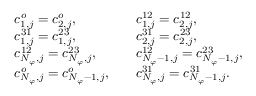
\begin{array} { r l r l } & { c _ { 1 , j } ^ { o } = c _ { 2 , j } ^ { o } , } & & { c _ { 1 , j } ^ { 1 2 } = c _ { 2 , j } ^ { 1 2 } , } \\ & { c _ { 1 , j } ^ { 3 1 } = c _ { 1 , j } ^ { 2 3 } , } & & { c _ { 2 , j } ^ { 3 1 } = c _ { 2 , j } ^ { 2 3 } , } \\ & { c _ { N _ { \varphi } , j } ^ { 1 2 } = c _ { N _ { \varphi } , j } ^ { 2 3 } , } & & { c _ { N _ { \varphi } - 1 , j } ^ { 1 2 } = c _ { N _ { \varphi } - 1 , j } ^ { 2 3 } , } \\ & { c _ { N _ { \varphi } , j } ^ { o } = c _ { N _ { \varphi } - 1 , j } ^ { o } , } & & { c _ { N _ { \varphi } , j } ^ { 3 1 } = c _ { N _ { \varphi } - 1 , j } ^ { 3 1 } . } \end{array}